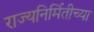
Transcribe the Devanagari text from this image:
राज्यनिर्मितीच्या